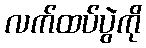
လက်ထပ်ပွဲကို